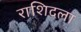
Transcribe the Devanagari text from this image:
राशिदला